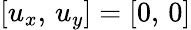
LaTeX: [u_{x},\, u_{y}]=[0,\, 0]